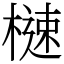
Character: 㯈